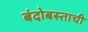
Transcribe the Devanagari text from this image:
बंदोबस्ताची